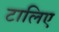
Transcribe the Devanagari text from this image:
टालिए